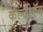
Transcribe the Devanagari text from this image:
कॅल्दीऍव